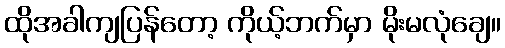
ထိုအခါကျပြန်တော့ ကိုယ့်ဘက်မှာ မိုးမလုံချေ။